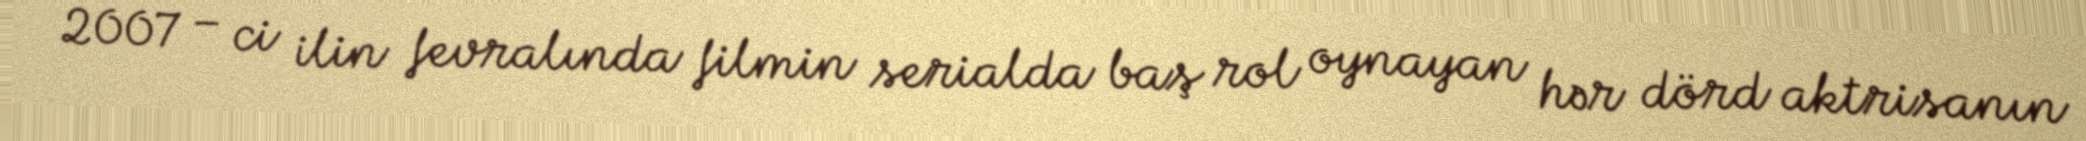
2007 – ci ilin fevralında filmin serialda baş rol oynayan hər dörd aktrisanın